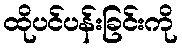
ထိုပင်ပန်းခြင်းကို